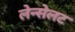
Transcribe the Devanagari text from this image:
लेन्सेलट